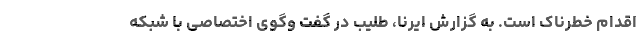
اقدام خطرناک است. به گزارش ایرنا، طلیب در گفت وگوی اختصاصی با شبکه